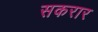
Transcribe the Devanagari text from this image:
सकरार